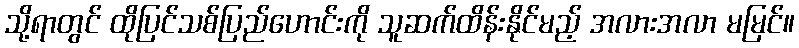
သို့ရာတွင် ထိုပြင်သစ်ပြည်ဟောင်းကို သူဆက်ထိန်းနိုင်မည့် အလားအလာ မမြင်။